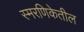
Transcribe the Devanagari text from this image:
स्मरणिकेतील